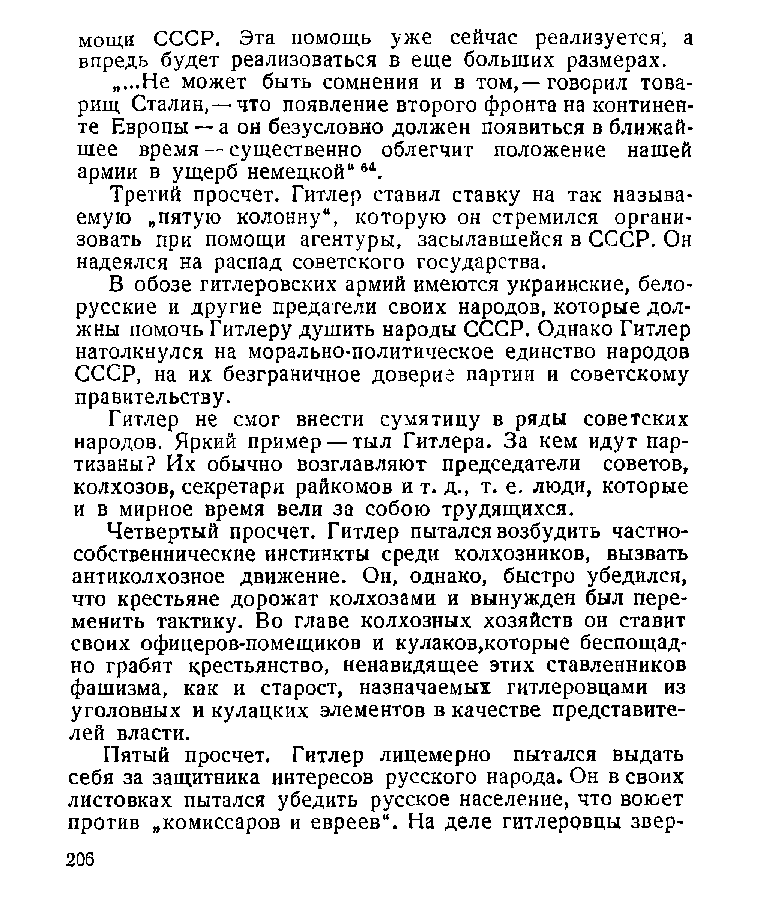
мощи СССР. Эта помощь уже сейчас реализуется, а
 впредь будет реализоваться в еще больших размерах.
 „...Не может быть сомнения и в том,—говорил това­
 рищ Сталин, —что появление второго фронта на континен­
 те Европы — а он безусловно должен появиться в ближай­
 шее время — существенно облегчит положение нашей
 армии в ущерб немецкой“в4.
 Третий просчет. Гитлер ставил ставку на так называ­
 емую „пятую колонну“, которую он стремился органи­
 зовать при помощи агентуры, засылавшейся в СССР. Он
 надеялся на распад советского государства.
 В обозе гитлеровских армий имеются украинские, бело­
 русские и другие предатели своих народов, которые дол­
 жны помочь Гитлеру душить народы СССР. Однако Гитлер
 натолкнулся на морально-политическое единство народов
 СССР, на их безграничное доверие партии и советскому
 правительству.
 Гитлер не смог внести сумятицу в ряды советских
 народов. Яркий пример — тыл Гитлера. За кем идут пар­
 тизаны? Их обычно возглавляют председатели советов,
 колхозов, секретари райкомов и т. д., т. е. люди, которые
 и в мирное время вели за собою трудящихся.
 Четвертый просчет. Гитлер пытался возбудить частно­
 собственнические инстинкты среди колхозников, вызвать
 антиколхозное движение. Он, однако, быстро убедился,
 что крестьяне дорожат колхозами и вынужден был пере­
 менить тактику. Во главе колхозных хозяйств он ставит
 своих офицеров-помещиков и кулаков,которые беспощад­
 но грабят крестьянство, ненавидящее этих ставленников
 фашизма, как и старост, назначаемых гитлеровцами из
 уголовных и кулацких элементов в качестве представите­
 лей власти.
 Пятый просчет. Гитлер лицемерно пытался выдать
 себя за защитника интересов русского народа. Он в своих
 листовках пытался убедить русское население, что воюет
 против „комиссаров и евреев“. На деле гитлеровцы звер-
 206